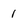
Character: 1